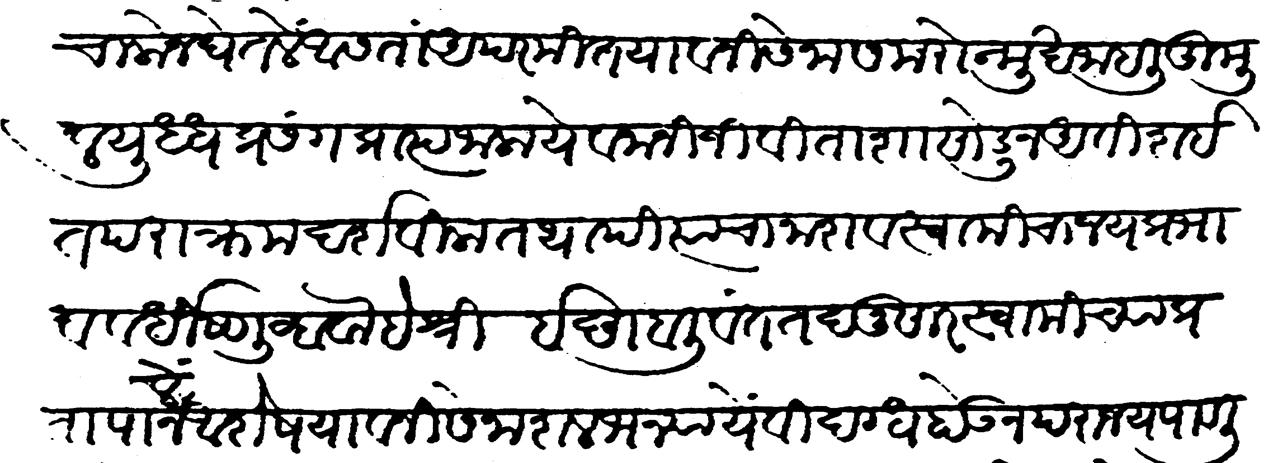
Transliteration (Devanagari): चालोन घेतले असता अपरिमित यावनी सेना समरोन्मुख जाहली तुमुल युद्धप्रसंग प्राप्त जाला यवनांनी जीविताशा सोडून अतिशईत पराक्रम दर्शविला तथापि त्याचा नाश व स्वामीचा जय प्रभा व वर्धिष्णु व्हावे हें श्री इच्छा बलिवंत तदनुसार स्वामीच्या प्रतापानलें अशेष यावनी सेना शलभन्यायें विदग्ध होऊन पराजय पावली